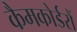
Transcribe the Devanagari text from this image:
कैमकोर्डरों